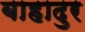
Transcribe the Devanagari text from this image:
बाहादुर